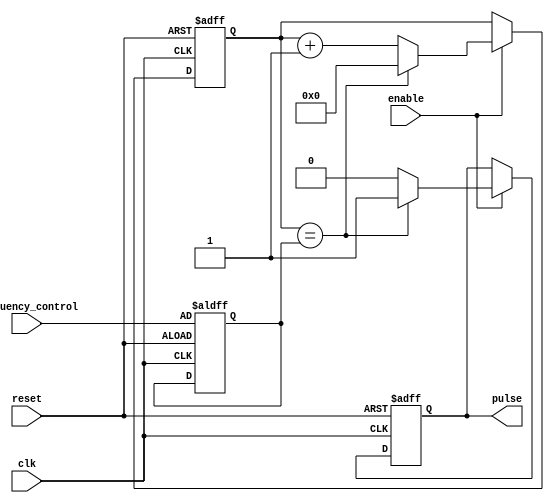
module VarFreqPulseGenerator (
    input clk, // clock input
    input reset, // reset signal
    input enable, // enable signal
    input [7:0] frequency_control, // input signal to control frequency
    
    output reg pulse // output pulse signal
);

reg [7:0] counter;
reg [7:0] divider;
reg sync;

always @(posedge clk or posedge reset) begin
    if (reset) begin
        counter <= 8'b0; // reset counter
        divider <= frequency_control; // set divider based on input signal
        sync <= 1'b0; // reset synchronization signal
        pulse <= 1'b0; // reset pulse signal
    end else if (enable) begin
        counter <= counter + 1; // increment counter
        
        if (counter == divider) begin
            pulse <= 1'b1; // generate pulse
            sync <= 1'b1; // set synchronization signal
            counter <= 8'b0; // reset counter
        end else begin
            pulse <= 1'b0; // reset pulse signal
            sync <= 1'b0; // reset synchronization signal
        end
    end
end

endmodule